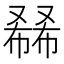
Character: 𰇅